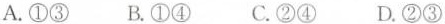
A.①③ B.①④ C.②④ D.②③